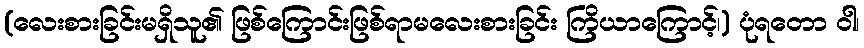
(လေးစားခြင်းမရှိသူ၏ ဖြစ်ကြောင်းဖြစ်ရာမလေးစားခြင်း ကြိယာကြောင့်၊) ပုံရတော ဝါ၊